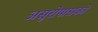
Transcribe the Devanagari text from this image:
असुरोपासकों